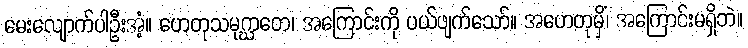
မေးလျောက်ပါဦးအံ့။ ဟေတုသမုဂ္ဃာတေ၊ အကြောင်းကို ပယ်ဖျက်သော်။ အဟေတုမှိံ၊ အကြောင်းမရှိဘဲ။